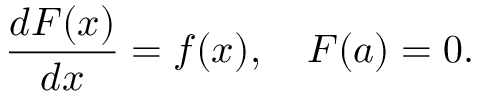
{ \frac { d F ( x ) } { d x } } = f ( x ) , \quad F ( a ) = 0 .